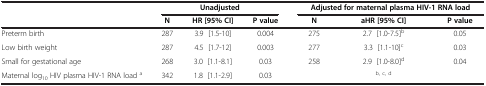
<table><thead><tr><td><b> </b></td><td colspan="3"><b>Unadjusted</b></td><td colspan="3"><b>Adjusted for maternal plasma HIV-1 RNA load</b></td></tr><tr><td><b> </b></td><td><b>N</b></td><td><b>HR [95% CI]</b></td><td><b>P value</b></td><td><b>N</b></td><td><b>aHR [95% CI]</b></td><td><b>P value</b></td></tr></thead><tbody><tr><td>Preterm birth</td><td>287</td><td>3.9 [1.5-10]</td><td>0.004</td><td>275</td><td>2.7 [1.0-7.5]<sup>b</sup></td><td>0.05</td></tr><tr><td>Low birth weight</td><td>287</td><td>4.5 [1.7-12]</td><td>0.003</td><td>277</td><td>3.3 [1.1-10]<sup>c</sup></td><td>0.03</td></tr><tr><td>Small for gestational age</td><td>268</td><td>3.0 [1.1-8.1]</td><td>0.03</td><td>258</td><td>2.9 [1.0-8.0]<sup>d</sup></td><td>0.04</td></tr><tr><td>Maternal log<sub>10</sub> HIV plasma HIV-1 RNA load <sup>a</sup></td><td>342</td><td>1.8 [1.1-2.9]</td><td>0.03</td><td> </td><td><sup>b, c, d</sup></td><td> </td></tr></tbody></table>